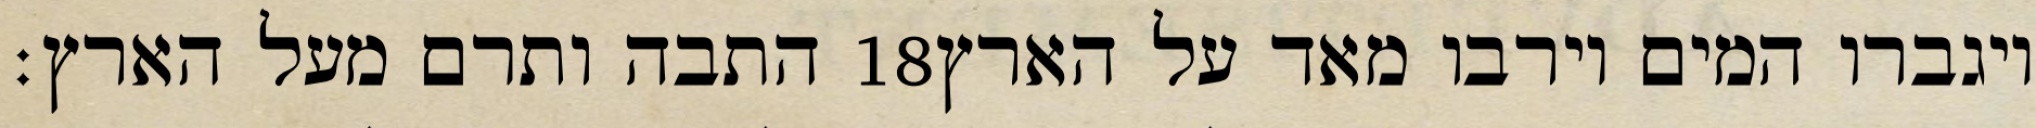
התבה ותרם מעל הארץ׃ ‎18‏ ויגברו המים וירבו מאד על הארץ